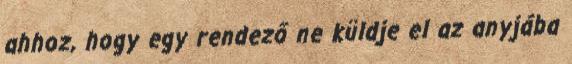
ahhoz, hogy egy rendező ne küldje el az anyjába